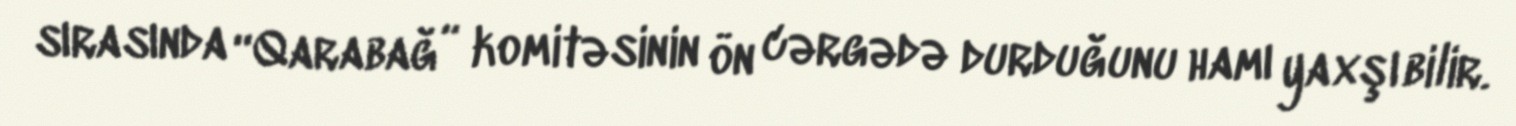
sırasında “Qarabağ” komitəsinin ön cərgədə durduğunu hamı yaxşı bilir.